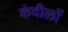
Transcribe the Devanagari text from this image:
कंदीलों